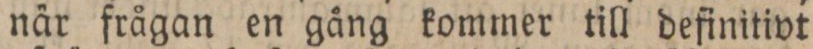
när frågan en gång kommer till definitivt